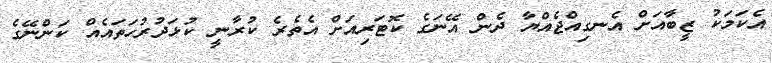
އެކަމަކު ޒީބާއަށް އެނގިއްޖެއްޔާ ދެން އޭނަގެ ކޮޓަރިއަށް އެތެރެ ކުރާނީ ކުޅަދުރުހަތައެއް ކަންނޭގެ